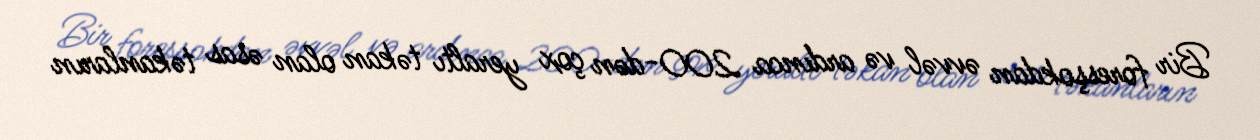
Bir foresşokdan əvvəl və ardınca 200-dən çox yeraltı təkan olan əsas təkanların